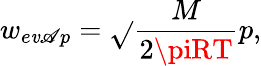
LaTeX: {w_{e\mathit{v}\mathscr{A}p}}=\sqrt{}{{\frac{{M}}{{{2\piRT}}}}}p,